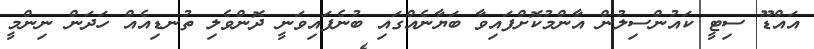
އައްޑޫ ސިޓީ ކައުންސިލުން އާންމުކޮށްފައިވާ ބަޔާނެއްގައި ބުނެފައިވަނީ ދޮންވެލި ތުނޑިއެއް ހަދަން ނިންމީ